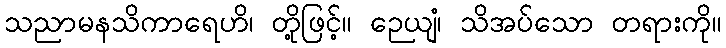
သညာမနသိကာရေဟိ၊ တို့ဖြင့်။ ဉေယျံ၊ သိအပ်သော တရားကို။